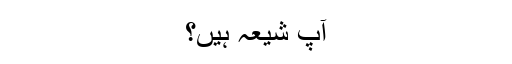
آپ شیعہ ہیں؟